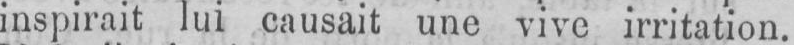
inspirait lui causait une vive irritation.